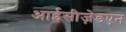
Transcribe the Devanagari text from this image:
आईसीज़ेडएन